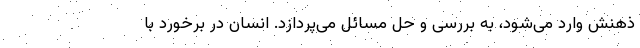
ذهنش وارد می‌شود، به بررسی و حل مسائل می‌پردازد. انسان در برخورد با